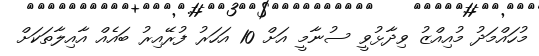
މުހައްމަދު މުއިއްޒު ވިދާޅުވީ ސުނާމީ އަށް 10 އަހަރު ފުރޭއިރު ބައެއް އާއިލާތަކަށް